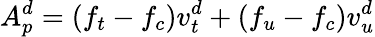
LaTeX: A_{p}^{d}=(f_{t}-f_{c})v_{t}^{d}+(f_{u}-f_{c})v_{u}^{d}